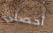
أحصلي